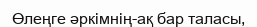
Өлеңге әркімнің-ақ бар таласы,